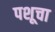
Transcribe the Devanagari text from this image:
पशूचा